Annual report on the lock hospitals of the Madras Presidency
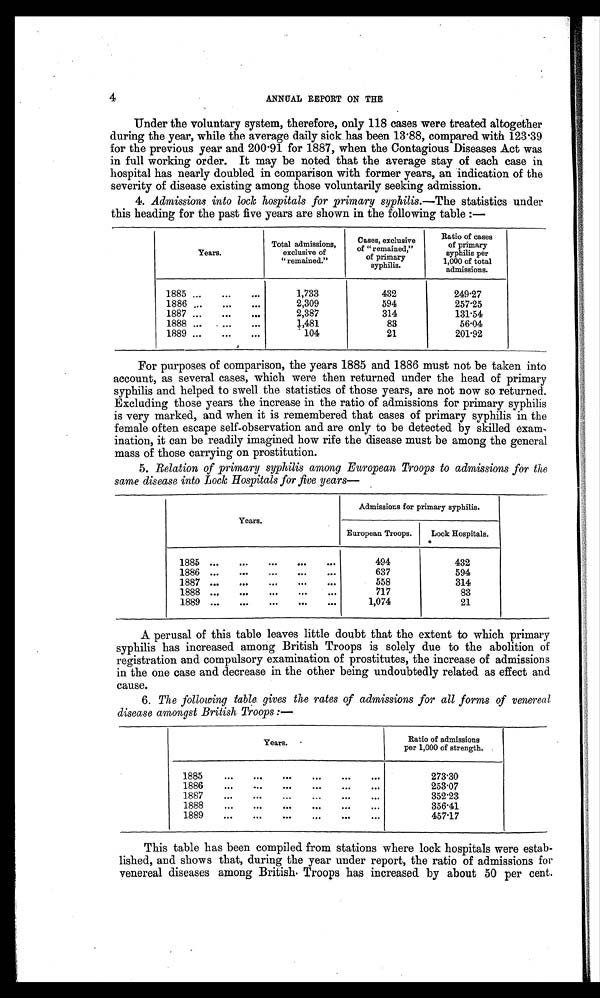
4
ANNUAL REPORT ON THE
Under the voluntary system, therefore, only 118 cases were treated altogether
during the year, while the average daily sick has been 13.88, compared with 123.39
for the previous year and 200.91 for 1887, when the Contagious Diseases Act was
in full working order. It may be noted that the average stay of each case in
hospital has nearly doubled in comparison with former years, an indication of the
severity of disease existing among those voluntarily seeking admission.
4. Admissions into lock hospitals for primary syphilis.—The statistics under
this heading for the past five years are shown in the following table :—
Years.
Total admissions,
exclusive of
"remained."
Cases, exclusive
of "remained,"
of primary
syphilis.
Ratio of cases
of primary
syphilis per
1,000 of total
admissions.
1885 ...
...
...
1,733
432
249.27
1886 ...
...
...
2,309
594
257.25
1887 ...
...
...
2,387
314
131.54
1888 ...
...
. . .
1 481
•
83
56.04
1889 ...
...
...
104
21
201.92
For purposes of comparison, the years 1885 and 1886 must not be taken into
account, as several cases, which were then returned under the head of primary
syphilis and helped to swell the statistics of those years, are not now so returned.
Excluding those years the increase in the ratio of admissions for primary syphilis
is very marked, and when it is remembered that eases of primary syphilis in the
female often escape self-observation and are only to be detected by skilled exam-
ination, it can be readily imagined how rife the disease must be among the general
mass of those carrying on prostitution.
5. Relation of primary syphilis among European Troops to admissions for the
same disease into Lock Hospitals for five years
Years.
Admissions for primary syphilis.
European Troops.
Lock Hospitals.
1885 ...
. . .
. . .
. . .
. . .
494
432
1886 ...
. . .
...
. . .
. . .
637
594
1.887 ...
. . .
. . .
. . .
. . .
558
314
1888
. . .
. . .
. . .
. . .
...
717
83
1889 ...
. . .
. . .
. . .
...
1,074
21
A perusal of this table leaves little doubt that the extent to which primary
syphilis has increased among British Troops is solely due to the abolition of
registration and compulsory examination of prostitutes, the increase of admissions
in the one case and decrease in the other being undoubtedly related as effect and
cause.
6. The following table gives the rates of admissions for all forms of venereal
disease amongst British Troops :—
Years.
Ratio of admissions
per 1,000 of strength.
1885
. . .
. . .
. . .
. . .
. . .
. . .
273.30
1886
. . .
. . .
. . .
. . .
. . .
...
253.07
1887
. . .
. . .
. . .
. . .
. . .
. . .
352.23
1888
. . .
. . .
. . .
. . .
. . .
. . .
356.41
1889
. . .
. . .
. . .
. . .
. . .
. . .
457.17
This table has been compiled from stations where lock hospitals were estab-
lished, and shows that, during the year under report, the ratio of admissions for
venereal diseases among British Troops has increased by about 50 per cent.